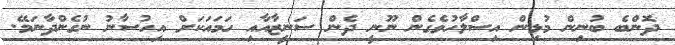
ދޮންބެ ބުނިން މުޅިން އިސްލާހުވެގެން ނޫނީ ދެން ސަނީޒާއާއި ހަމައަކަށް އިހުސާނު ނުގެންދާނަމޭ.